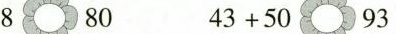
8 80 43+50 93